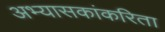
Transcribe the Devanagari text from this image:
अभ्यासकांकरिता